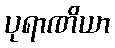
ပုရာဏိယာ